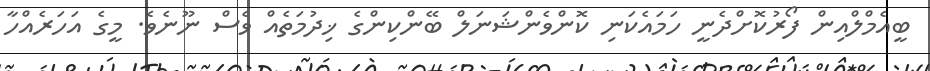
ބީއެމްލްއިން ފޯރުކޮށްދެނީ ހަމައެކަނި ކޮންވެންޝަނަލް ބޭންކިންގެ ޚިދުމަތެއް ވެސް ނޫނެވެ. މީގެ އަހަރެއްހާ